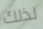
لذلك